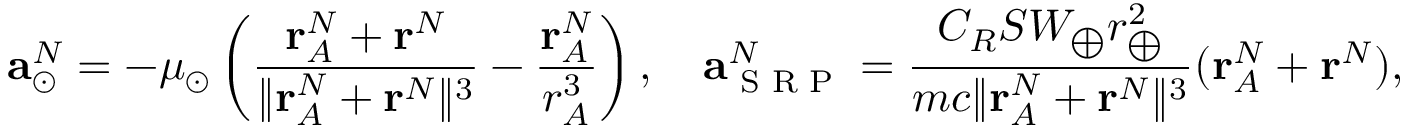
\mathbf { a } _ { \odot } ^ { N } = - \mu _ { \odot } \left( \frac { \mathbf { r } _ { A } ^ { N } + \mathbf { r } ^ { N } } { \lVert \mathbf { r } _ { A } ^ { N } + \mathbf { r } ^ { N } \rVert ^ { 3 } } - \frac { \mathbf { r } _ { A } ^ { N } } { r _ { A } ^ { 3 } } \right) , \quad \mathbf { a } _ { \textup { S R P } } ^ { N } = \frac { C _ { R } S W _ { \bigoplus } r _ { \bigoplus } ^ { 2 } } { m c \lVert \mathbf { r } _ { A } ^ { N } + \mathbf { r } ^ { N } \rVert ^ { 3 } } ( \mathbf { r } _ { A } ^ { N } + \mathbf { r } ^ { N } ) ,